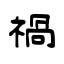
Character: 禍